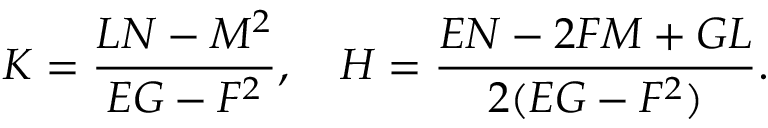
K = { \frac { L N - M ^ { 2 } } { E G - F ^ { 2 } } } , \quad H = { \frac { E N - 2 F M + G L } { 2 ( E G - F ^ { 2 } ) } } .